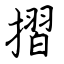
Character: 摺